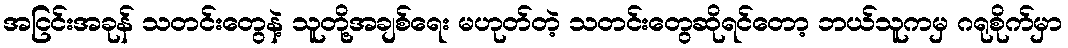
အငြင်းအခုန် သတင်းတွေနဲ့ သူတို့အချစ်ရေး မဟုတ်တဲ့ သတင်းတွေဆိုရင်တော့ ဘယ်သူကမှ ဂရုစိုက်မှာ